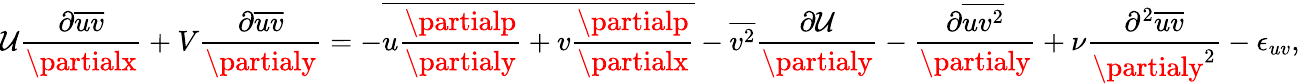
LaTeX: \mathcal{U}\frac{{\partial\overline{{{uv}}}}}{{\partialx}}+V\frac{{\partial\overline{{{uv}}}}}{{\partialy}}=-\overline{{{u\frac{{\partialp}}{{\partialy}}+v\frac{{\partialp}}{{\partialx}}}}}-\overline{{{v^{2}}}}\frac{{\partial\mathcal{U}}}{{\partialy}}-\frac{{\partial\overline{{{uv^{2}}}}}}{{\partialy}}+\nu\frac{{\partial^{2}\overline{{{uv}}}}}{{\partialy^{2}}}-\epsilon_{uv},